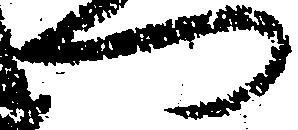
へ